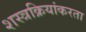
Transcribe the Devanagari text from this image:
शस्त्रक्रियांकरता